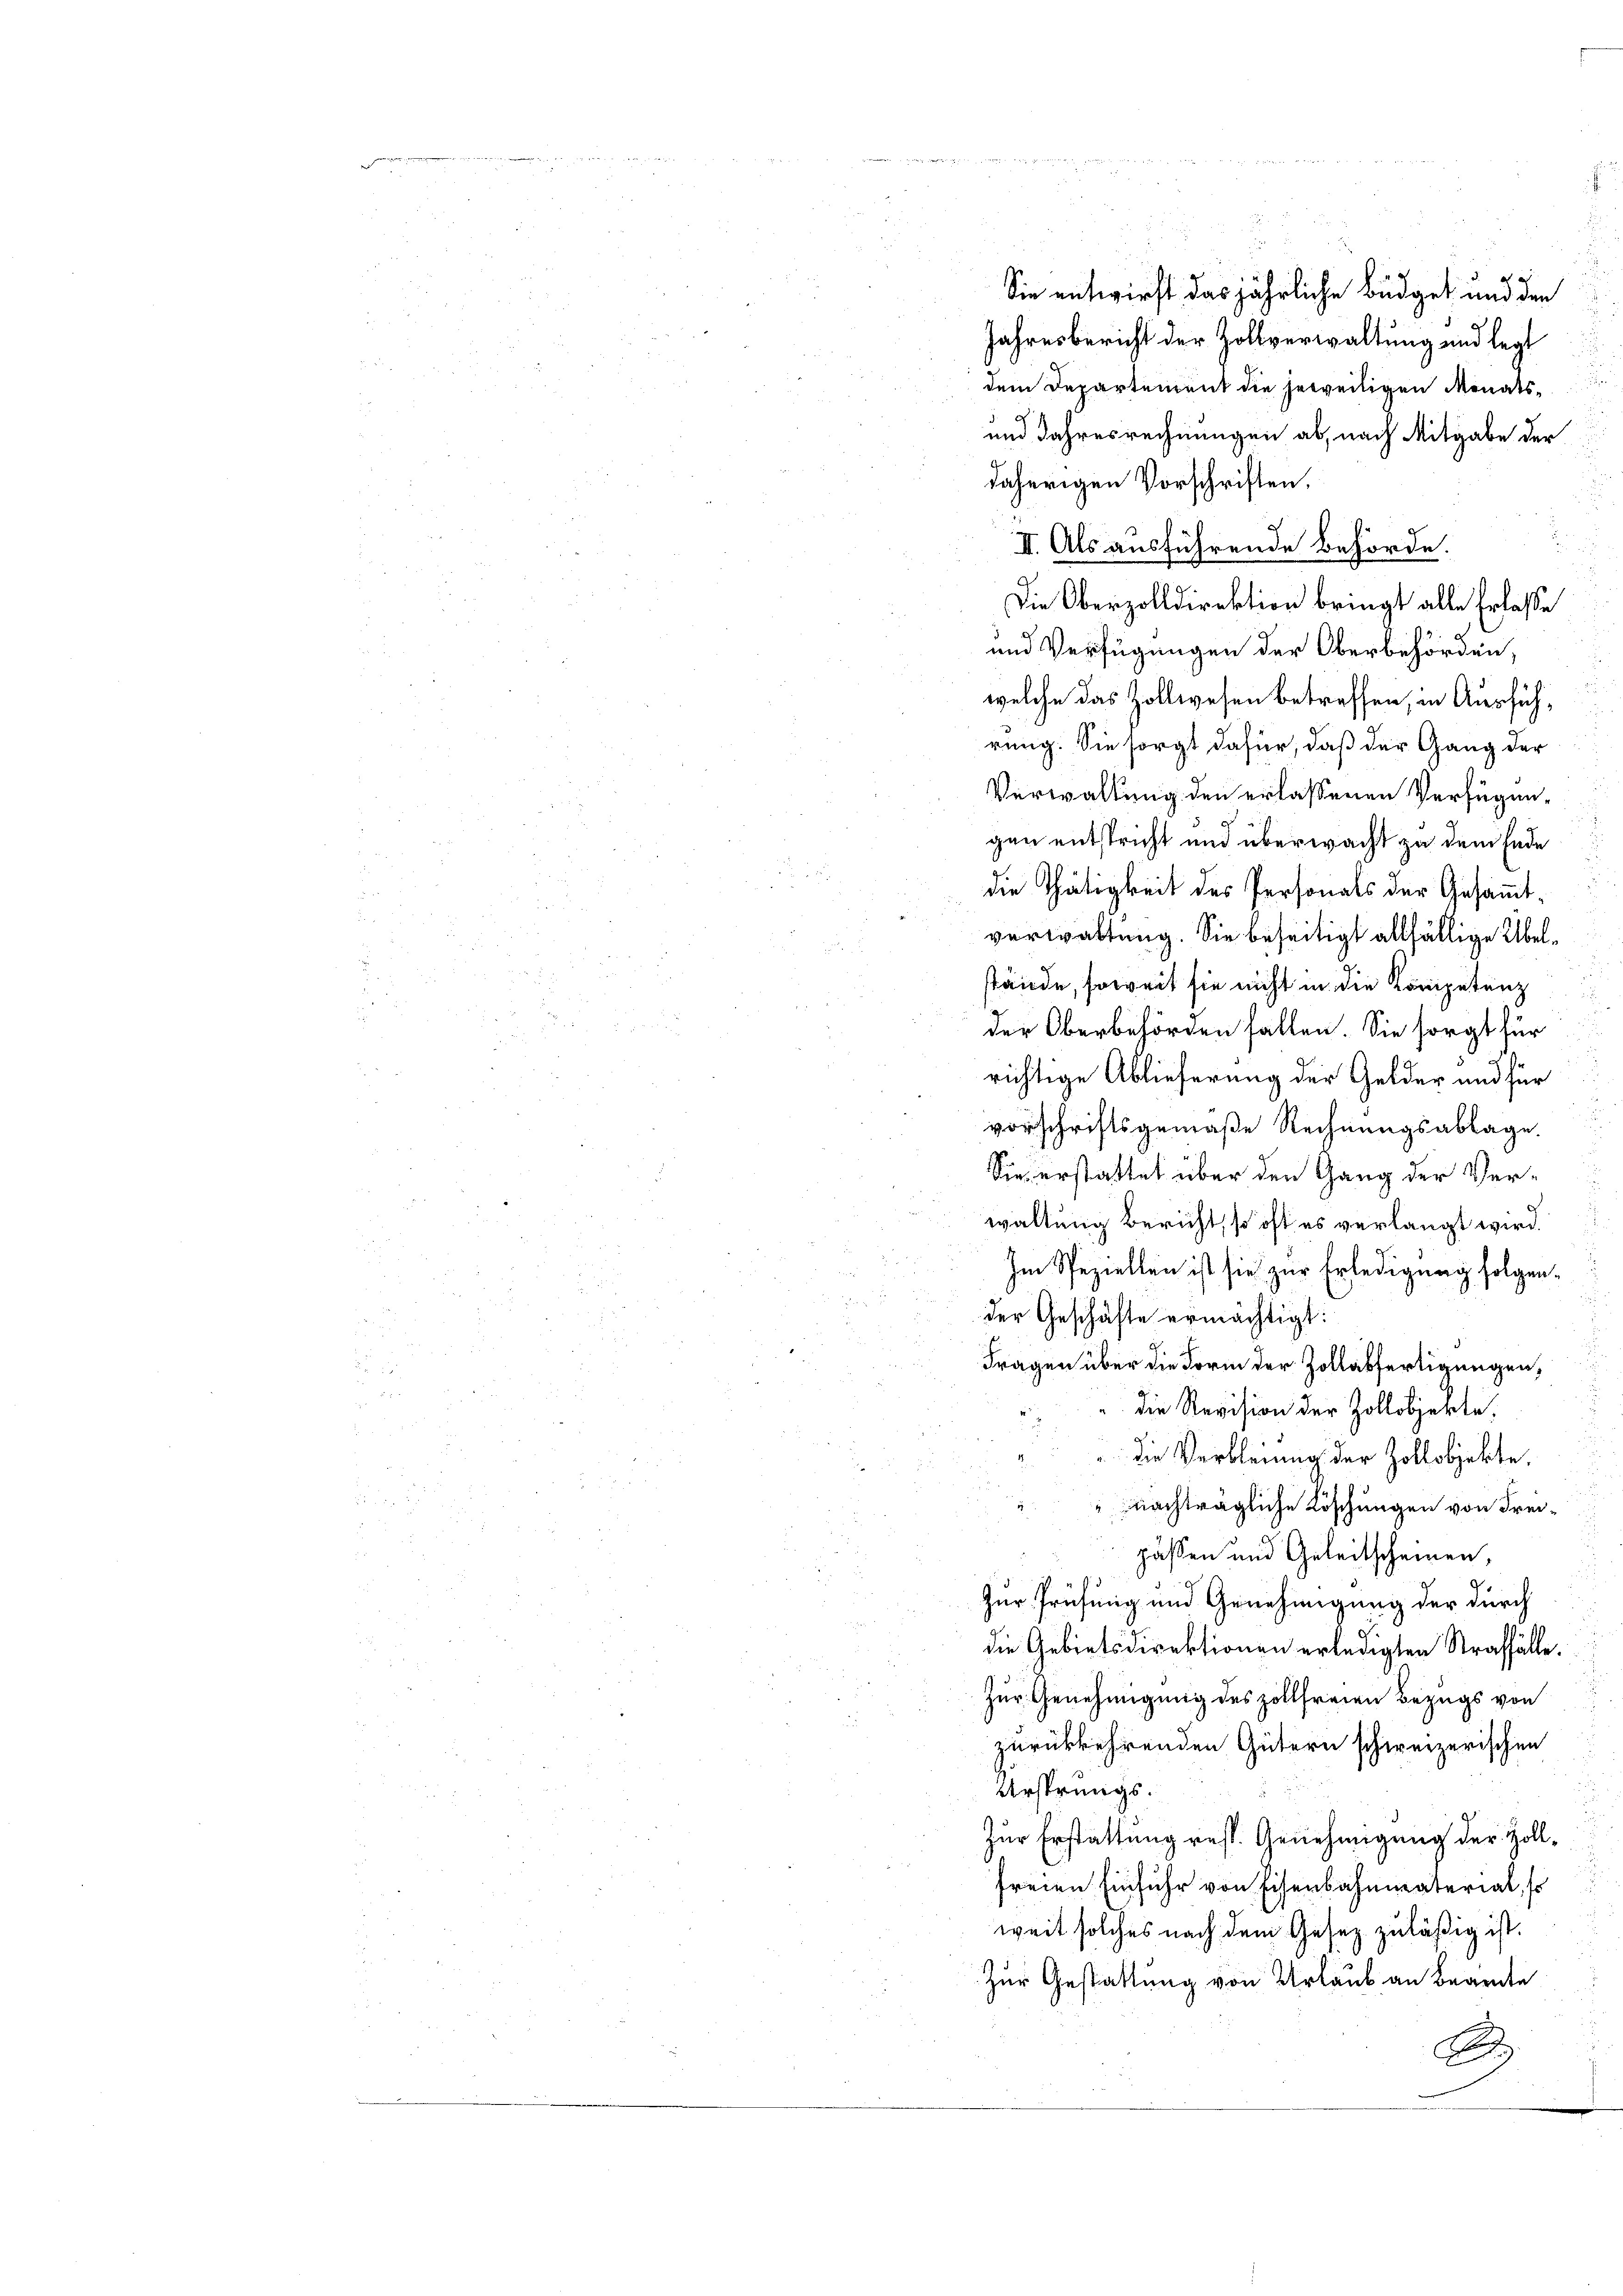
dem Departement die jeweiligen Monatsdaherigen Vorschriften.
II. Als ausführende Behörde.
Die Oberzolldirektion bringt alle Erlasse
und Verfügungen der Oberbehörden,
welche das Zollwesen betreffen, in Ausführung. Sie sorgt dafür, daß der Gang der
Verwaltung den erlassenen Verfügungen entspricht und überwacht zu dem Ende
i
die Thätigkeit des Personals der Gesammtverwaltung. Sie beseitigt allfällige Übelstände, soweit sie nicht in die Kompetenz
i
der Oberbehörden fallen. Sie sorgt für
richtige Ablieferung der Gelder und für
vorschriftsgemäße Rechnungsablage
Sie erstattet über den Gang der Verwaltung Bericht, so oft es verlangt wird.
Im Speziellen ist sie zur Erledigung folgen.
der Geschäfte ermächtigt:
Fragen über die Form der Zollabfertigungen,
die Revision der Zollobjekte.
die Verbleiung der Zollobjekte.
" nachträgliche Löschungen von Freipassen und Geleitscheinen,
Zur Prüfung und Genehmigung der durch
die Gebietsdirektionen erledigten Straffälle.
Zur Genehmigung des zollfreien Bezugs von
zurückkehrenden Gütern schweizerischen
Ursprungs¬
Zur Erstattung resp. Genehmigung der Zollfreien Einfuhr von Eisenbahnmaterial, so
weit solches nach dem Gesez zuläßig ist.
Zur Gestattung von Urlaub an Beamte
A

Sie entwirft das jährliche Büdget und den
Jahresbericht der Zollverwaltung und legt
und Jahresrechnungen ab, nach Mitgabe der